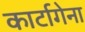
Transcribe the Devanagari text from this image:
कार्टागेना